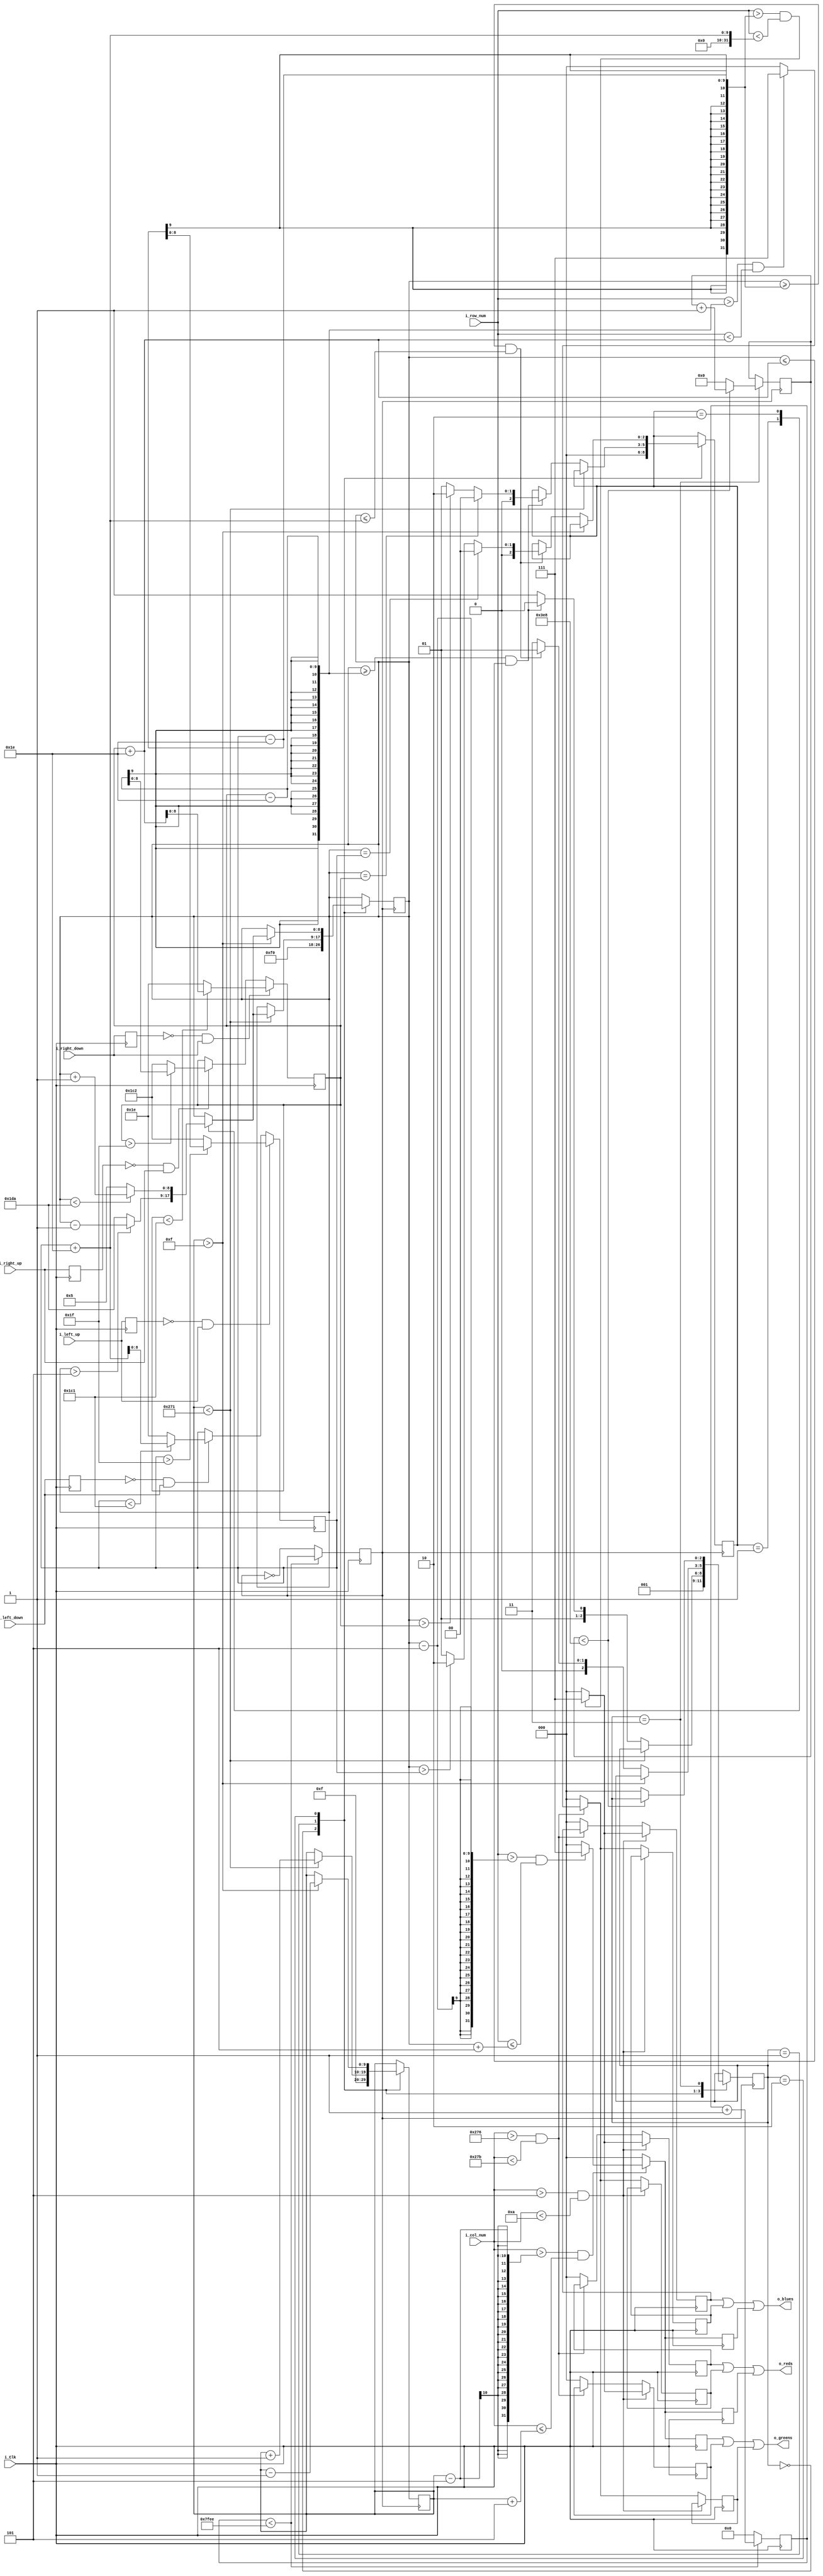
module Pong (input i_Clk, input i_left_up, input i_left_down, input i_right_up, input i_right_down, input [9:0] i_col_num, input [9:0] i_row_num, output [2:0] o_reds, output [2:0] o_greens, output [2:0] o_blues);

parameter ACTIVE_COLS = 640;
parameter ACTIVE_ROWS = 480;

// use flip flops so that buttons can add or subtract to each side's paddle location
reg [8:0] r_left_mover = 240;
reg [8:0] r_right_mover = 240;

reg r_left_up = 0;
reg r_left_down = 0;
reg r_right_up = 0;
reg r_right_down = 0;

// gotta make left and right paddle locations with always blocks
always @ (posedge i_Clk)
	begin
	
	r_left_up <= i_left_up;
	r_left_down <= i_left_down;
	
	if ((r_left_up == 0) && (i_left_up == 1)) // aka left up button is pushed
		begin
		if (r_left_mover > 31)
			r_left_mover <= r_left_mover - 30;
		else
			r_left_mover <= 450;
		end
	else if ((r_left_down == 0) && (i_left_down == 1)) //aka left down button is pushed
		begin
		if (r_left_mover < 449)
			r_left_mover <= r_left_mover + 30;
		else
			r_left_mover <= 30;
		end
	
	else
		r_left_mover <= r_left_mover;
	end
	
always @ (posedge i_Clk)
	begin
	
	r_right_up <= i_right_up;
	r_right_down <= i_right_down;
	
	if ((r_right_down == 0) && (i_right_down == 1))	// aka right up button is pushed
		begin
		if (r_right_mover < 449)
			r_right_mover <= r_right_mover + 30;
		else
			r_right_mover <= 30;
		end
		
	else if ((r_right_up == 0) && (i_right_up == 1))
		begin
		if (r_right_mover > 31)
			r_right_mover <= r_right_mover - 30;
		else
			r_right_mover <= 450;
		end
	else
		r_right_mover <= r_right_mover;
	end

// We need to use registers for the color outputs
reg [2:0] r_rightPaddle_blues;
reg [2:0] r_rightPaddle_greens;
reg [2:0] r_rightPaddle_reds;

reg [2:0] r_leftPaddle_blues;
reg [2:0] r_leftPaddle_greens;
reg [2:0] r_leftPaddle_reds;

// now on every clock cycle use the row/col position to create the movable paddles
always @ (posedge i_Clk)
	begin
	// move the ball right and return it if it hits the paddle State Machine?
	
	//create left paddle in columns 5 - 10
	if (i_col_num > 5 && i_col_num < 10)
		begin
		if (i_row_num > (r_left_mover - 30) && i_row_num < (r_left_mover + 30))
			begin
			r_leftPaddle_blues <= 3'b111;
			r_leftPaddle_greens <= 3'b111;
			r_leftPaddle_reds <= 3'b111;
			end
		else
			begin
			r_leftPaddle_blues <= 3'b000;
			r_leftPaddle_greens <= 3'b000;
			r_leftPaddle_reds <= 3'b000;
			end
		end	

	//create right paddles in columns 630 - 635
	else if (i_col_num > (ACTIVE_COLS - 10) && i_col_num < (ACTIVE_COLS - 5))
		begin
		if (i_row_num > (r_right_mover - 30) && i_row_num < (r_right_mover + 30))
			begin
			r_rightPaddle_blues <= 3'b111;
			r_rightPaddle_greens <= 3'b111;
			r_rightPaddle_reds <= 3'b111;
			end
		else
			begin
			r_rightPaddle_blues <= 3'b000;
			r_rightPaddle_greens <= 3'b000;
			r_rightPaddle_reds <= 3'b000;
			end
		end
	
	// in any other columns these are zero
	else
		begin
		r_rightPaddle_blues <= 3'b000;
		r_rightPaddle_greens <= 3'b000;
		r_rightPaddle_reds <= 3'b000;
		r_leftPaddle_blues <= 3'b000;
		r_leftPaddle_greens <= 3'b000;
		r_leftPaddle_reds <= 3'b000;
		end
	end
	
// use these registers to represent the center of the ball	
reg [8:0] r_ball_row_center = 240;
reg [9:0] r_ball_col_center = 15;
// use this statemachine register and state parameters to go bw start, moving right, moving left, out of bounds
parameter START = 0;
parameter MOVERIGHT = 1;
parameter MOVELEFT = 2;
parameter OUT = 3;	
reg [2:0] BALLSTATE = OUT; // starting at out for the delay

//Another state machine register will keep track of the ball's vertical movement
parameter STRAIGHT = 0;
parameter UP = 1;
parameter DOWN = 2;
reg [2:0] VERTICALSTATE = STRAIGHT;
// also create a clock divider so that the ball doesn't fly at the speed of light
reg r_tenth = 0;
reg [14:0] r_clk_divider = 0;
parameter DIVIDER_MAX = 32750; // increase to make the ball move slower

always @ (posedge i_Clk)
	begin
	if (r_clk_divider < DIVIDER_MAX)
		r_clk_divider <= r_clk_divider + 1;
	else
		begin
		r_tenth <= ~r_tenth;
		r_clk_divider <= 0;
		end
	end

reg [9:0] r_delay = 0; // this delay register counts in the ball movement's OUT state before sending state back to start
	
// separate always block for ball movement at the posedge of the clock divider (currently around every millisecond, idk why i called it r_tenth)
always @ (posedge r_tenth)
	begin
	case(BALLSTATE)
		
		START:
			begin
			r_ball_row_center <= 240;
			r_ball_col_center <= 15;
			BALLSTATE <= MOVERIGHT;
			VERTICALSTATE <= STRAIGHT;
			end
		
		// increment the column center of the ball, then once it gets to the other side, is the paddle there? if yes go to moveleft, if no, out of bounds.
		MOVERIGHT:	
			begin
			if (r_ball_col_center < (ACTIVE_COLS - 15))
				begin
				r_ball_col_center <= r_ball_col_center + 1;
				case (VERTICALSTATE)
					STRAIGHT:
						r_ball_row_center <= r_ball_row_center;
					UP:
						begin
						if (r_ball_row_center > 5)
							r_ball_row_center <= r_ball_row_center - 1;
						else
							r_ball_row_center <= 474;
						end
					DOWN:
						begin
						if (r_ball_row_center < 474)
							r_ball_row_center <= r_ball_row_center + 1;
						else
							r_ball_row_center <= 5;
						end
				endcase
				end
			else
				begin
				if ((r_ball_row_center >= r_right_mover - 30) && (r_ball_row_center <= r_right_mover + 30))
					begin
					BALLSTATE <= MOVELEFT;
					if (r_ball_row_center == r_right_mover)
						VERTICALSTATE <= STRAIGHT;
					else if (r_ball_row_center > r_right_mover)
						VERTICALSTATE <= DOWN;
					else
						VERTICALSTATE <= UP;
					end
				else
					BALLSTATE <= OUT;
				end
			end
		
		// Same as moveright, but to the left now y'all
		MOVELEFT:
			begin
			if (r_ball_col_center > 15)
				begin
				r_ball_col_center <= r_ball_col_center - 1;
				case (VERTICALSTATE)
					STRAIGHT:
						r_ball_row_center <= r_ball_row_center;
					UP:
						begin
						if (r_ball_row_center > 5)
							r_ball_row_center <= r_ball_row_center - 1;
						else
							r_ball_row_center <= 474;
						end
					DOWN:
						begin
						if (r_ball_row_center < 474)
							r_ball_row_center <= r_ball_row_center + 1;
						else
							r_ball_row_center <= 5;
						end
				endcase
				end
			else
				begin
				if ((r_ball_row_center >= r_left_mover - 30) && (r_ball_row_center <= r_left_mover + 30))
					begin
					BALLSTATE <= MOVERIGHT;
					if (r_ball_row_center == r_left_mover)
						VERTICALSTATE <= STRAIGHT;
					else if (r_ball_row_center > r_left_mover)
						VERTICALSTATE <= DOWN;
					else
						VERTICALSTATE <= UP;
					end
				else
					BALLSTATE <= OUT;
				end
			end
		
		// if we're out of bounds, delay a moment then send to START, eventually add in scoring
		OUT:
			begin
			if (r_delay < 1000)
				r_delay <= r_delay + 1;
			else
				begin
				r_delay <= 0;
				BALLSTATE <= START;
				end
			end
		endcase
	end
	
// now that there is a register controlling the column center of the ball, let's actually create the ball
//again we need registers for the color outputs of the ball

reg [2:0] r_ball_reds;
reg [2:0] r_ball_blues;
reg [2:0] r_ball_greens;

always @ (posedge i_Clk)
	begin
	if ((i_col_num > r_ball_col_center - 5) && (i_col_num <= r_ball_col_center + 5))
		begin
		if ((i_row_num > r_ball_row_center - 5) && (i_row_num <= r_ball_row_center + 5))
			begin
			r_ball_blues <= 3'b111;
			r_ball_reds <= 3'b111;
			r_ball_greens <= 3'b111;
			end
		else
			begin
			r_ball_blues <= 3'b000;
			r_ball_reds <= 3'b000;
			r_ball_greens <= 3'b000;
			end
		end
	else
		begin
		r_ball_blues <= 3'b000;
		r_ball_reds <= 3'b000;
		r_ball_greens <= 3'b000;
		end
	end
	
assign o_reds = r_leftPaddle_reds | r_rightPaddle_reds | r_ball_reds;
assign o_blues = r_leftPaddle_blues | r_rightPaddle_blues | r_ball_blues;
assign o_greens = r_ball_greens | r_leftPaddle_greens | r_rightPaddle_greens;

endmodule